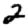
Digit: 2